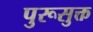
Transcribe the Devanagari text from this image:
पुरूसुक्त